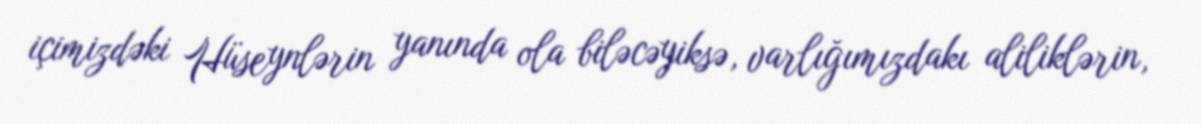
içimizdəki Hüseynlərin yanında ola biləcəyiksə, varlığımızdakı aliliklərin,